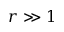
r \gg 1